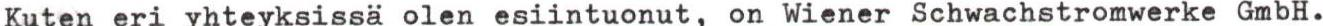
Kuten eri yhteyksissä olen esiintuonut, on Wiener Schwachstromwerke GmbH.